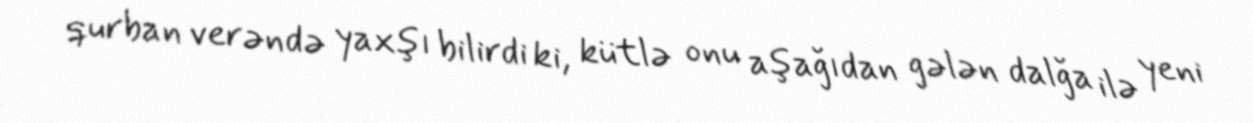
qurban verəndə yaxşı bilirdi ki, kütlə onu aşağıdan gələn dalğa ilə yeni